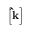
\left[ \mathbf { \hat { k } } \right]